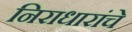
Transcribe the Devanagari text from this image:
निराधारांचे